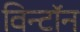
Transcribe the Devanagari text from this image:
विन्टॉन